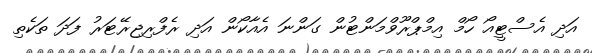
އަދި އެސްޓީއޯ ހޯމް އިމްޕްރޫވްމަންޓުން ގަންނަ އެއާކޯން އަދި ރެފްރިޖިރޭޓަރު ފަދަ ތަކެތި